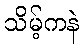
သိမ့်ကနဲ